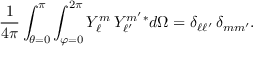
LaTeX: { \frac { 1 } { 4 \pi } } \int _ { \theta = 0 } ^ { \pi } \int _ { \varphi = 0 } ^ { 2 \pi } Y _ { \ell } ^ { m } \, Y _ { \ell ^ { \prime } } ^ { m ^ { \prime } } { } ^ { * } d \Omega = \delta _ { \ell \ell ^ { \prime } } \, \delta _ { m m ^ { \prime } } .